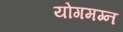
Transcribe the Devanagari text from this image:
योगमग्न